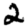
Digit: 2